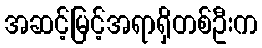
အဆင့်မြင့်အရာရှိတစ်ဦးက